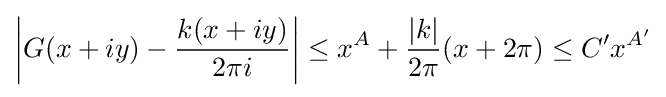
\left|G(x+iy)-{\frac {k(x+iy)}{2\pi i}}\right|\leq x^{A}+{\frac {|k|}{2\pi }}(x+2\pi )\leq C'x^{A'}